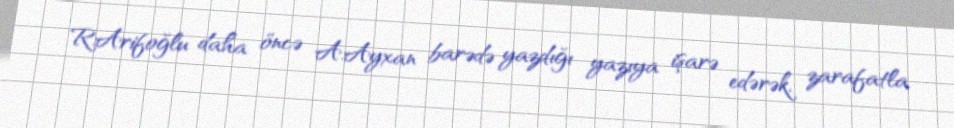
R.Arifoğlu daha öncə A.Ayxan barədə yazdığı yazıya işarə edərək, zarafatla